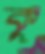
কু